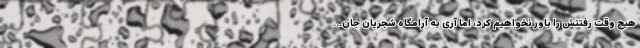
هیچ وقت رفتنش را باور نخواهیم کرد، اما آری به آرامگاه شجریانِ جان...